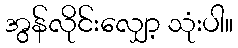
အွန်လိုင်းလျှော့ သုံးပါ။